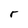
Character: r